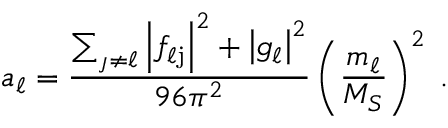
a _ { \ell } = \frac { \sum _ { \j \neq \ell } \left| f _ { \ell \mathrm j } \right| ^ { 2 } + \left| g _ { \ell } \right| ^ { 2 } } { 9 6 \pi ^ { 2 } } \left( \frac { m _ { \ell } } { M _ { S } } \right) ^ { 2 } \; .